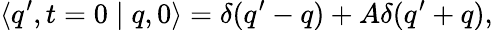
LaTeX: \langle q^{\prime},t=0\mid q,0\rangle=\delta(q^{\prime}-q)+A\delta(q^{\prime}+q),